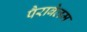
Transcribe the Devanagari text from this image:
पैराबेलम